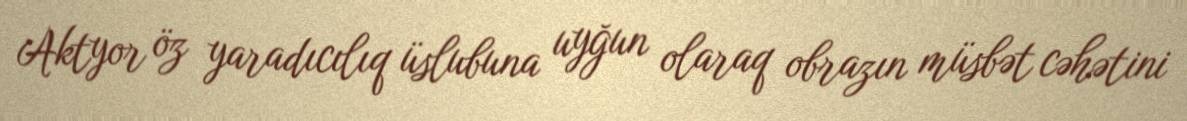
Aktyor öz yaradıcılıq üslubuna uyğun olaraq obrazın müsbət cəhətini